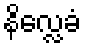
နိလ္လေခံ